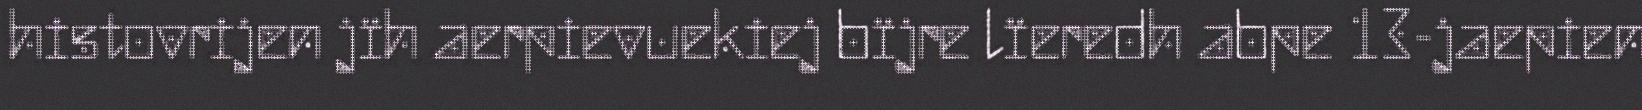
histovrijen jïh aerpievuekiej bïjre lïeredh abpe 13-jaepien